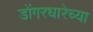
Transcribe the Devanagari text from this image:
डोंगरधारेच्या